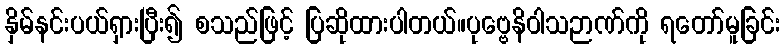
နှိမ်နင်းပယ်ရှားပြီး၍ စသည်ဖြင့် ပြဆိုထားပါတယ်။ပုဗ္ဗေနိဝါသဉာဏ်ကို ရတော်မူခြင်း